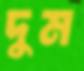
দুম